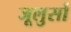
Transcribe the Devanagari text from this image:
जूलुसों